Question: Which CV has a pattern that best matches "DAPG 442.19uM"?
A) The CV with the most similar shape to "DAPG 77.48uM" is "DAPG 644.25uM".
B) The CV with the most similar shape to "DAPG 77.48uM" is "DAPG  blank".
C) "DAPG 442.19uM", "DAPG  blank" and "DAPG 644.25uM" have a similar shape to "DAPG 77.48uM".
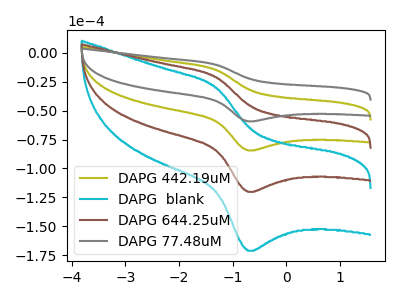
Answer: <think>The olive curve "DAPG 442.19uM" has an anodic peak at (-1.30V, -14.90uA) and a cathodic peak at (-0.70V, -84.45uA). The cyan curve "DAPG  blank" has an anodic peak at (-1.30V, -44.65uA) and a cathodic peak at (-0.70V, -253.30uA). The brown curve "DAPG 644.25uM" has an anodic peak at (-1.30V, -29.80uA) and a cathodic peak at (-0.70V, -168.85uA). The gray curve "DAPG 77.48uM" has an anodic peak at (-1.30V, -10.45uA) and a cathodic peak at (-0.70V, -59.35uA).
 All the peaks in "DAPG 442.19uM" have a peak in "DAPG  blank" at the same potential. All the peaks in "DAPG 442.19uM" have a peak in "DAPG 644.25uM" at the same potential. All the peaks in "DAPG 442.19uM" have a peak in "DAPG 77.48uM" at the same potential. All the peaks in "DAPG  blank" have a peak in "DAPG 644.25uM" at the same potential. All the peaks in "DAPG  blank" have a peak in "DAPG 77.48uM" at the same potential. All the peaks in "DAPG 644.25uM" have a peak in "DAPG 77.48uM" at the same potential.</think>
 <answer>C) "DAPG 442.19uM", "DAPG  blank" and "DAPG 644.25uM" have a similar shape to "DAPG 77.48uM".</answer>
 <eval>C</eval>